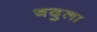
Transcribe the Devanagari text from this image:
बदुला